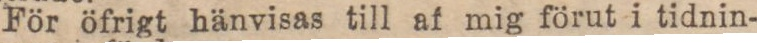
Kostnadsfri